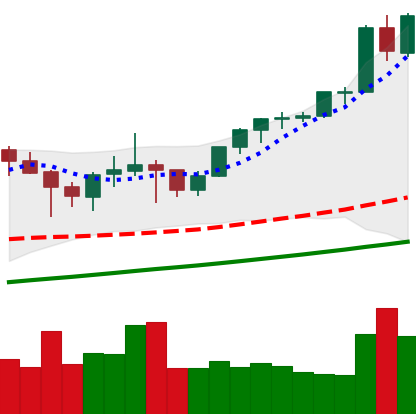
Ticker: ETH-USD
Chart end date: 2021-05-05
Forward return: 12.192%
Label: up_7plus